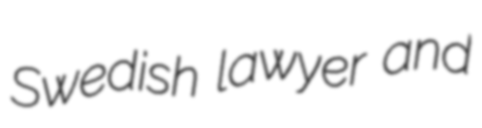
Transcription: Swedish lawyer and